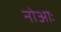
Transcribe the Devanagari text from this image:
नोआः